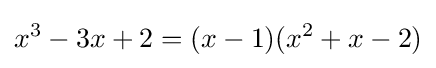
x^{3}-3x+2=(x-1)(x^{2}+x-2)